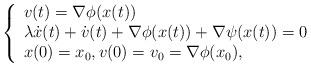
LaTeX: \begin{align*}\left\{\begin{array}{ll}v(t)= \nabla\phi(x(t))\\\lambda\dot x(t)+\dot v(t)+\nabla\phi(x(t))+\nabla \psi(x(t))=0\\x(0)=x_0, v(0)=v_0=\nabla\phi(x_0),\end{array}\right.\end{align*}